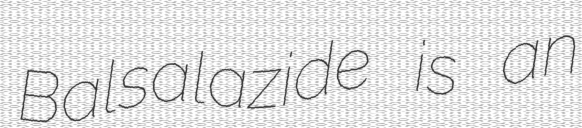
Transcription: Balsalazide is an